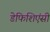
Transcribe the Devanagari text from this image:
डेफिशिएंसी